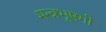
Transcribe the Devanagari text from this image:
मन्त्रभूषगो